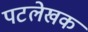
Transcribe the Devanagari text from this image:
पटलेखक